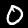
Digit: 0